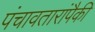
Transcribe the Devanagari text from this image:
पंचावतारांपैकी